Annual administration report of the Civil Veterinary Department of India - 1895-1896
Year: 1895
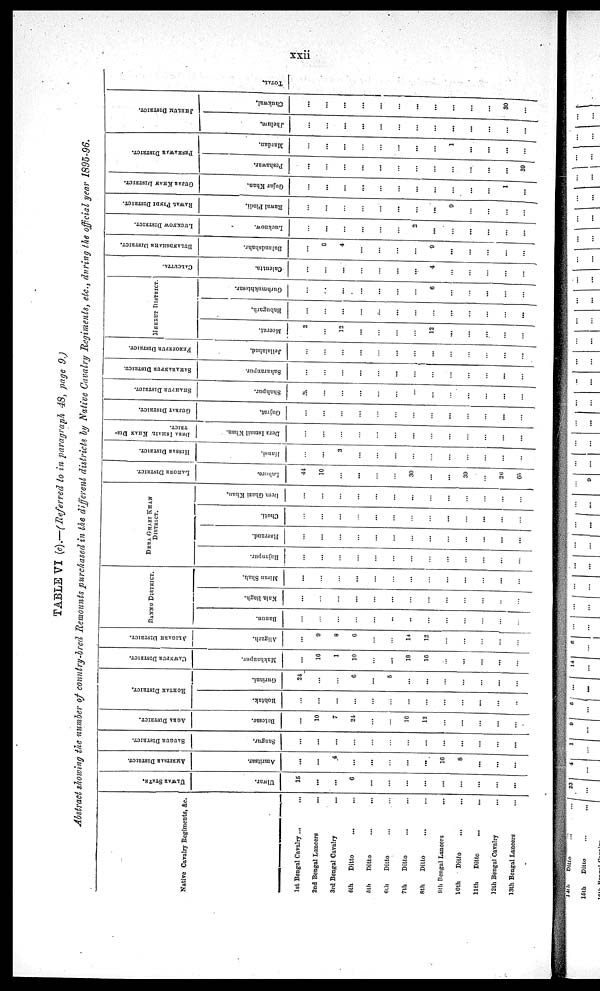
xxii
TABLE VI (c).—(Referred to in paragraph 48, page 9.)
Abstract showing the number of country-bred Remounts purchased in the different districts by Native Cavalry Regiments, etc., during the official year 1895-96.
Native Cavalry Regiments, &c.
1st Bengal Cavalry ... ...
2nd Bengal Lancers ...
3rd Bengal Cavalry ...
4th
Ditto ... ...
5th
Ditto ... ...
6th
Ditto ... ...
7th
Ditto ... ...
8th
Ditto ... ...
9th Bengal Lancers ...
10th
Ditto ... ...
11th
Ditto ... ...
12th Bengal Cavalry ...
13th Bengal Lancers ...
ULWAR STATE.
Ulwar.
15
...
...
6
...
...
...
...
...
...
...
...
...
AMRITSAR
DISTRICT.
Amritsar.
...
...
4
...
...
...
...
...
16
8
...
...
...
SAUGUR DISTRICT.
Saugur.
...
...
...
...
...
...
...
...
...
...
...
...
...
AGRA DISTRICT.
Batesar.
...
10
7
24
...
...
16
12
...
...
...
...
...
ROHTAK DISTRICT.
Rohtak.
...
...
...
...
...
...
...
...
...
...
...
...
...
Gurinni.
24
...
...
6
...
...
...
...
...
...
...
...
...
CAWNPUR DISTRICT.
Makhanpur.
...
16
1
10
...
...
18
16
...
...
...
...
...
ALIGARH DISTRICT.
Aligarh.
...
9
8
6
...
...
14
12
...
...
...
...
...
BANNU DISTRICT.
Bannu.
...
...
...
...
...
..
...
...
...
...
...
...
...
Kala Bagh.
...
...
...
...
...
...
...
...
...
...
...
...
...
Miran Shah.
...
...
...
...
...
...
...
...
...
...
...
...
...
DERA GHAZI KHAN
DISTRICT.
Rajanpur.
...
...
...
...
...
...
...
...
...
...
...
...
...
Harrand.
...
...
...
...
...
...
...
...
...
...
...
...
...
Choti.
...
...
...
...
...
...
...
...
...
...
...
...
...
Dera Ghazi Khan.
...
...
...
...
...
...
...
...
...
...
...
...
...
LAHORE DISTRICT.
Lahore.
44
10
...
...
...
...
30
...
...
39
...
26
65
HISSAR DISTRICT.
Hansi.
...
...
3
...
...
...
...
...
...
...
...
...
...
DERA ISALAIL KHAN DIS-
TRICT.
Dera
Ismail Khan.
...
...
...
...
...
...
...
...
...
...
...
...
...
GUJRAT DISTRICT.
Gujrat.
...
...
...
...
...
...
...
...
...
...
...
...
...
SHAHPUR DISTRICT.
Shahpur.
...
...
...
...
...
...
...
...
...
...
...
...
...
SAHARANPUR DISTRICT.
Saharanpur.
...
...
...
...
...
...
...
...
...
...
...
...
...
FEROZEPUR DISTRICT.
Jellalabad.
...
...
...
...
...
...
...
...
...
...
...
MEERUT DISTRICT.
Meerut.
...
12
...
12
...
...
...
...
...
Babugarh.
...
...
...
...
...
...
...
...
...
...
...
...
...
Gurhmukhtesar.
...
...
...
...
...
...
...
6
...
...
...
...
...
CALCUTTA.
Calcutta.
...
...
...
...
...
...
...
4
...
...
...
...
...
BULANDSHAHR DISTRICT.
Bulandshahr.
...
6
4
...
...
...
...
9
...
...
...
...
...
LUCKNOW DISTRICT.
Lucknow.
...
...
...
...
...
...
2
...
...
...
...
...
...
RAWAL PINDI DISTRICT.
Rawal Pindi.
...
...
...
...
...
...
...
...
9
...
...
...
...
GUJAR KHAN DISTRICT.
Gujar Khan.
...
...
...
...
...
...
...
...
...
...
...
1
...
PESHAWAR DISTRICT.
Peshawar.
...
...
...
...
...
...
...
...
...
...
...
...
39
Mardan.
...
...
...
...
...
...
...
...
1
...
...
...
...
JHELUM DISTRICT.
Jhelum.
...
...
...
...
...
...
...
...
...
...
...
...
...
Chukwal.
...
...
...
...
...
...
...
...
...
...
...
30
...
TOTAL.